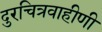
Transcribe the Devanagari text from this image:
दुरचित्रवाहीणी